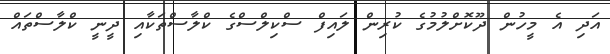
އަދި އެ މީހުން ދޫކޮށްލުމުގެ ކުރިން ލައިފް ސްކިލްސްގެ ކްލާސްތަކާއި ދީނީ ކްލާސްތައް